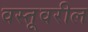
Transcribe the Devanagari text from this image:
वस्तूवरील